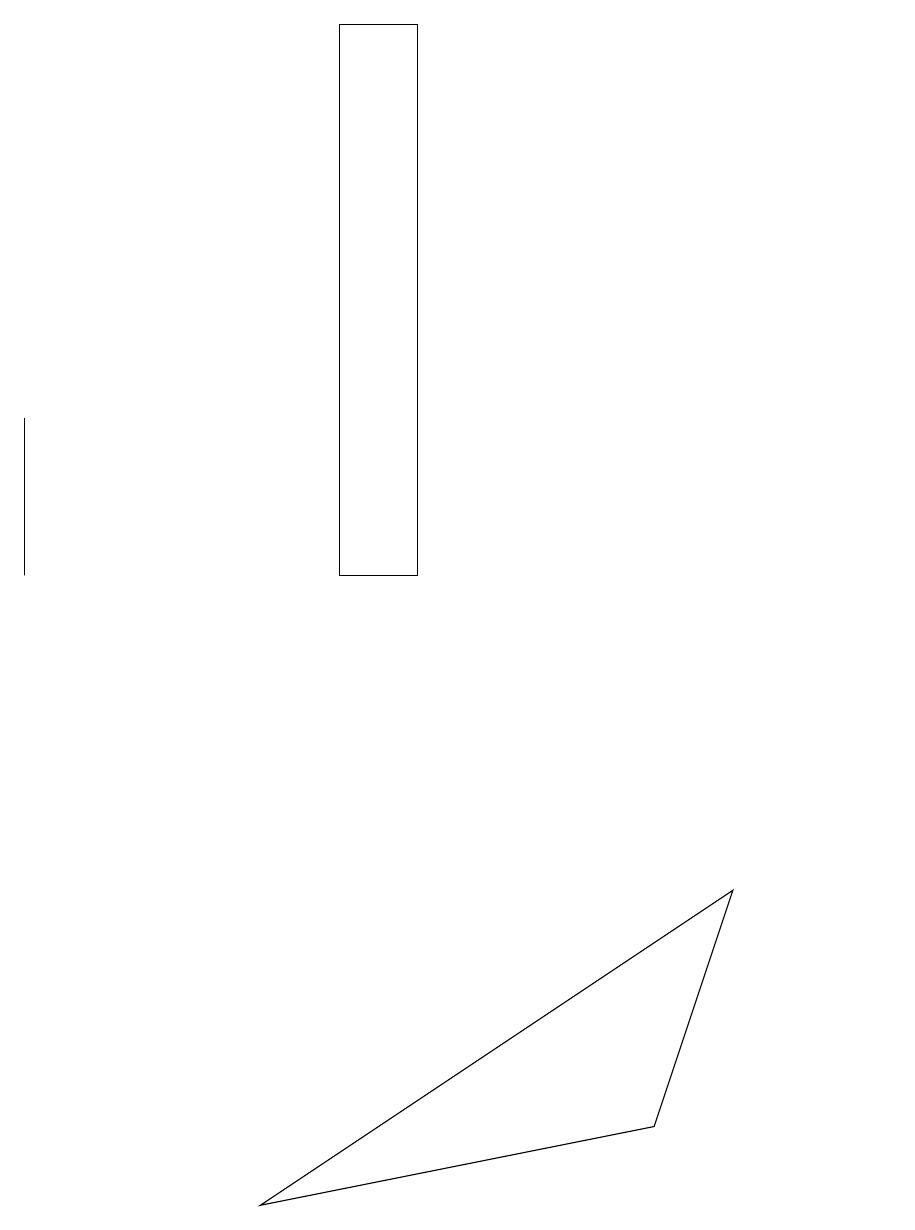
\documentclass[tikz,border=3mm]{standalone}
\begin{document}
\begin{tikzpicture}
\draw (5,12) rectangle (4,19);
\draw (0,12) rectangle (0,14);
\draw (11,11) circle (0);
\draw (9,8) -- (8,5) -- (3,4) -- cycle;
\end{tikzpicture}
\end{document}